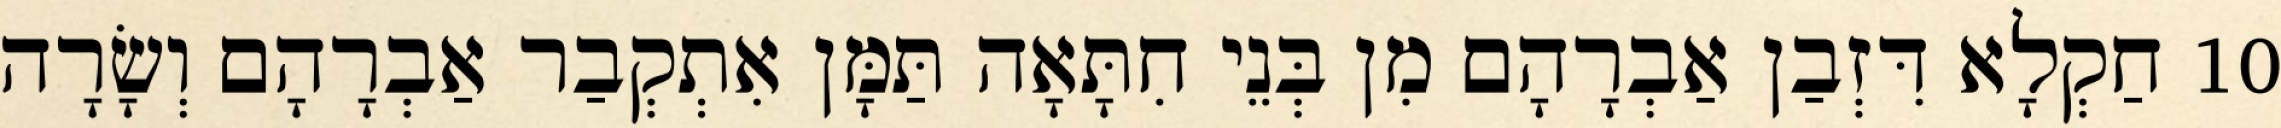
10 חַקְלָא דִּזְבַן אַבְרָהָם מִן בְּנֵי חִתָּאָה תַּמָּן אִתְקְבַר אַבְרָהָם וְשָׂרָה